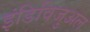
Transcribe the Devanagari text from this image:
इंडिविजुअल